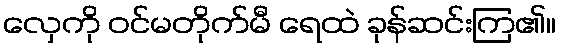
လှေကို ဝင်မတိုက်မီ ရေထဲ ခုန်ဆင်းကြ၏။